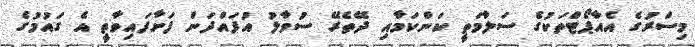
މިސްރުގެ އެއާޕޯޓްތަކުގެ ސަލާމަތީ ކަންކަމާއި ދޭތެރޭ ސުވާލު އުފައްދަން ފަށާފައިވާތީ އެ ގައުމުގެ